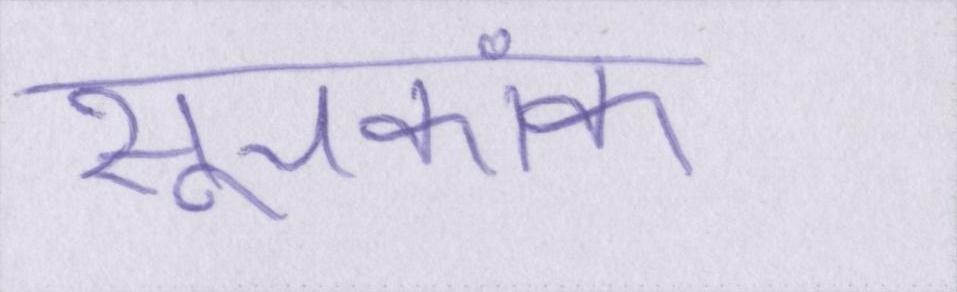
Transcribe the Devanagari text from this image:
सूचकांक